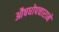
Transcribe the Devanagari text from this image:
औषधोपचाराने